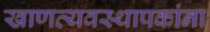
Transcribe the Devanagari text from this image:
खाणव्यवस्थापकांना